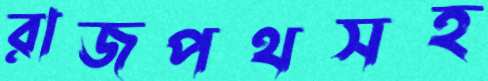
রাজপথসহ